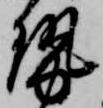
勢